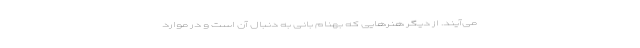
می‌آیند. از دیگر هنرهایی که بهنام بانی به دنبال آن است و در موارد